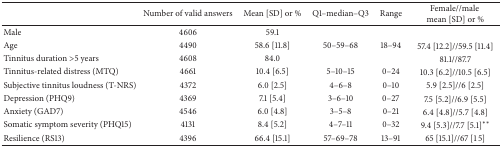
|  | Number of valid answers | Mean [SD] or % | Q1–median–Q3 | Range | Female//male mean [SD] or % |
 | --- | --- | --- | --- | --- | --- |
 | Male | 4606 | 59.1 |  |  |  |
 | Age | 4490 | 58.6 [11.8] | 50–59–68 | 18–94 | 57.4 [12.2]//59.5 [11.4] |
 | Tinnitus duration >5 years | 4608 | 84.0 |  |  | 81.1//87.7 |
 | Tinnitus-related distress (MTQ) | 4661 | 10.4 [6.5] | 5–10–15 | 0–24 | 10.3 [6.2]//10.5 [6.5] |
 | Subjective tinnitus loudness (T-NRS) | 4372 | 6.0 [2.5] | 4–6–8 | 0–10 | 5.9 [2.5]//6 [2.5] |
 | Depression (PHQ9) | 4369 | 7.1 [5.4] | 3–6–10 | 0–27 | 7.5 [5.2]//6.9 [5.5] |
 | Anxiety (GAD7) | 4546 | 6.0 [4.8] | 3–5–8 | 0–21 | 6.4 [4.8]//5.7 [4.8] |
 | Somatic symptom severity (PHQ15) | 4131 | 8.4 [5.2] | 4–7–11 | 0–32 | 9.4 [5.3]//7.7 [5.1]∗∗ |
 | Resilience (RS13) | 4396 | 66.4 [15.1] | 57–69–78 | 13–91 | 65 [15.1]//67 [15] |